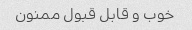
خوب و قابل قبول ممنون